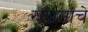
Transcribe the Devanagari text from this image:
राक्षसांचे